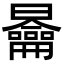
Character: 𭨣